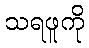
သရဖူကို